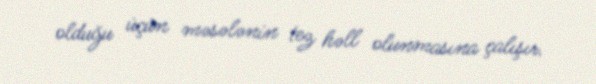
olduğu üçün məsələnin tez həll olunmasına çalışır.